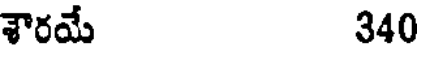
శౌరయే 340